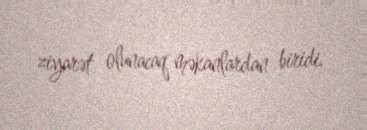
ziyarət olunacaq məkanlardan biridi.